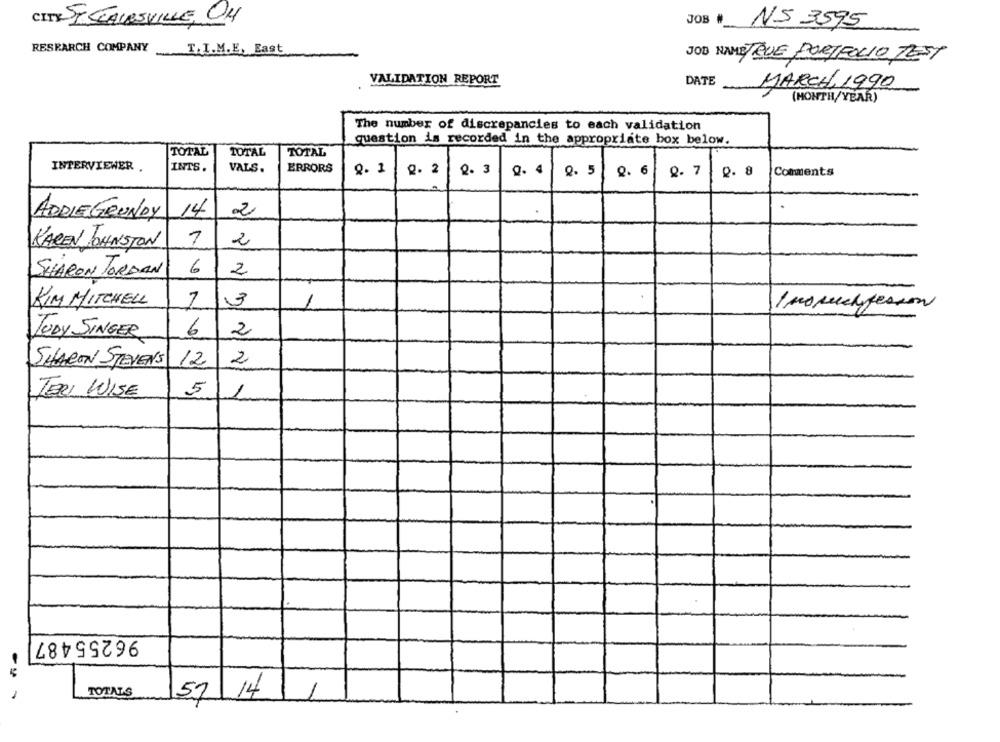
CITY SI STAIRSVILLE, 04
JOB #
NS 3595
RESEARCH COMPANY
T.I.M.E, East
JOB NAME TRUE PORTFOLIO TEST
VALIDATION REPORT
DATE
MARCH, 1990
(MONTH/YEAR)
The number of discrepancies to each validation
question is recorded in the appropriate box below.
TOTAL
TOTAL
TOTAL
INTERVIEWER .
INTS.
VALS
ERRORS
0. 1
2. 2
0. 3
Q. 4
0. 5
Q. 6
Q. 7
D. 8
Comments
ADRIEGRUNDY
14
2
KAREN JOHNSTON
7
2
SHARON JORDAN
6
2
KIM MITCHELL
7
3
1
Inosuchperson
6
2
JUDY SINGER
SHARON STEVEN'S
12
2
TERI WISE
5
1
96255487
TOTALS
57 14